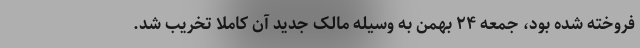
فروخته شده بود، جمعه ۲۴ بهمن به وسیله مالک جدید آن کاملا تخریب شد.